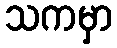
သကမှာ